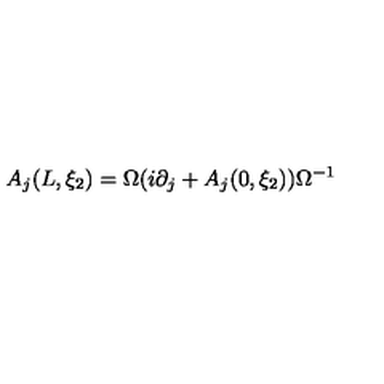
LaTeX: A _ { j } ( L , \xi _ { 2 } ) = \Omega ( i \partial _ { j } + A _ { j } ( 0 , \xi _ { 2 } ) ) \Omega ^ { - 1 }